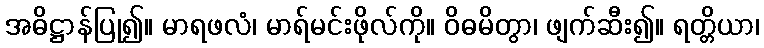
အဓိဋ္ဌာန်ပြု၍။ မာရဖလံ၊ မာရ်မင်းဖိုလ်ကို။ ဝိဓမိတွာ၊ ဖျက်ဆီး၍။ ရတ္တိယာ၊